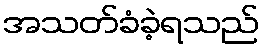
အသတ်ခံခဲ့ရသည်